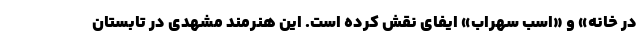
در خانه» و «اسب سهراب» ایفای نقش کرده است. این هنرمند مشهدی در تابستان